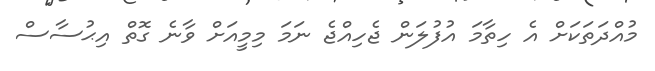
މުއްދަތަކަށް އެ ހިތާމަ އުފުލަން ޖެހިއްޖެ ނަމަ މިމީއަށް ވާނެ ގޮތް އިޙުސާސް